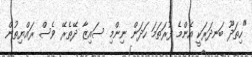
"ހިތަދޫ ބަނދަރަކީ އެންމެ ފުރަތަމަ ހަދަން ނިންމި ސައިޒާ ދޭތެރޭ ވެސް ރައްޔިތުން